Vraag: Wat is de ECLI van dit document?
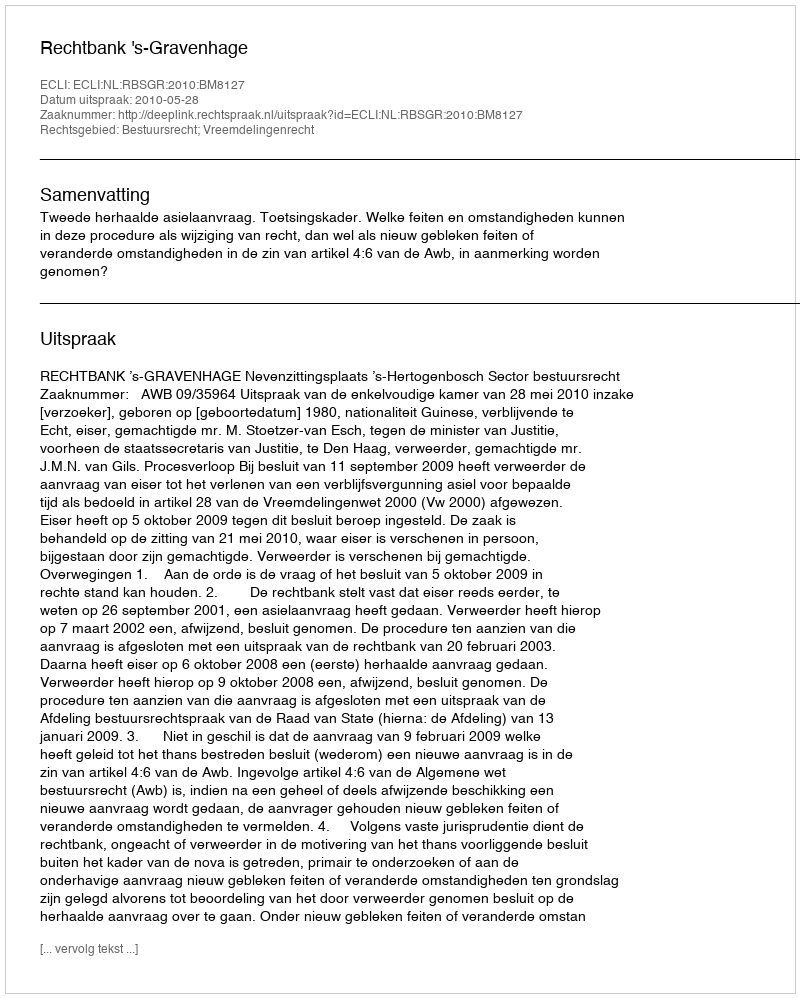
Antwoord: ECLI:NL:RBSGR:2010:BM8127